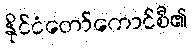
နိုင်ငံတော်ကောင်စီ၏